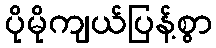
ပိုမိုကျယ်ပြန့်စွာ